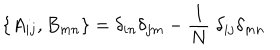
LaTeX: \{ A _ { i j } , B _ { m n } \} = \delta _ { i n } \delta _ { j m } - \frac { 1 } { N } \; \delta _ { i j } \delta _ { m n } \,